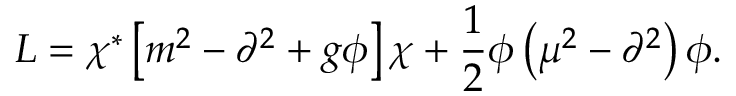
{ \cal L } = \chi ^ { \ast } \left[ m ^ { 2 } - \partial ^ { 2 } + g \phi \right] \chi + \frac { 1 } { 2 } \phi \left( \mu ^ { 2 } - \partial ^ { 2 } \right) \phi .